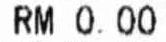
RM 0.00